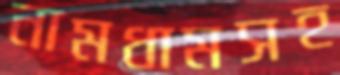
নামধামসহ